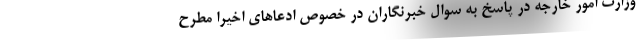
وزارت امور خارجه در پاسخ به سوال خبرنگاران در خصوص ادعاهای اخیرا مطرح